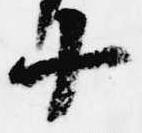
十